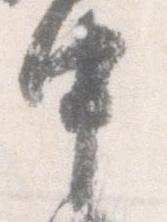
中